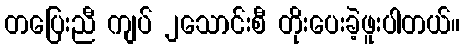
တပြေးညီ ကျပ် ၂သောင်းစီ တိုးပေးခဲ့ဖူးပါတယ်။